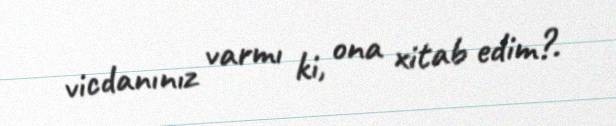
vicdanınız varmı ki, ona xitab edim?.